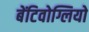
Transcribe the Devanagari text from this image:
बेंटिवोग्लियो